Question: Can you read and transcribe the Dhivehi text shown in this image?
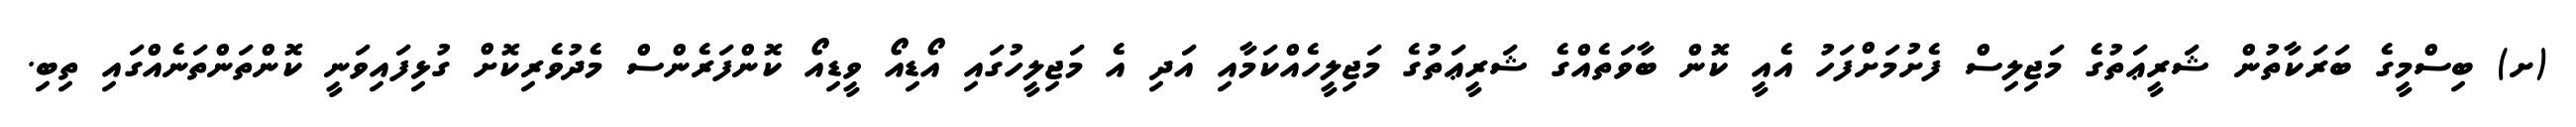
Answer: (ށ) ބިސްމީގެ ބަރަކާތުން ޝަރީޢަތުގެ މަޖިލިސް ފެށުމަށްފަހު އެއީ ކޮން ބާވަތެއްގެ ޝަރީޢަތުގެ މަޖިލީހެއްކަމާއި އަދި އެ މަޖިލީހުގައި އޯޑިއޯ ވީޑިއޯ ކޮންފަރެންސް މެދުވެރިކޮށް ގުޅިފައިވަނީ ކޮންތަންތަނެއްގައި ތިބި.